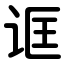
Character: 诓